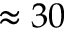
\approx 3 0